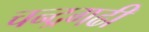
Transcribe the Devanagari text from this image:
चन्द्रगढी